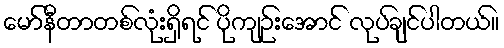
မော်နီတာတစ်လုံးရှိရင် ပိုကျဉ်းအောင် လုပ်ချင်ပါတယ်။